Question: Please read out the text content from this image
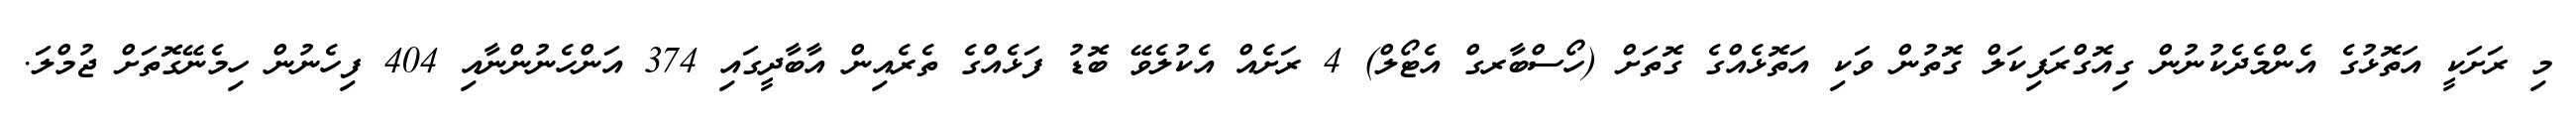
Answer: މި ރަށަކީ އަތޮޅުގެ އެންމެދެކުނުން ގިއޮގްރަފިކަލް ގޮތުން ވަކި އަތޮޅެއްގެ ގޮތަށް (ހޯސްބާރގް އެޓޯލް) 4 ރަށެއް އެކުލެވޭ ބޮޑު ފަޅެއްގެ ތެރެއިން އާބާދީގައި 374 އަންހެނުންނާއި 404 ފިހެނުން ހިމެނޭގޮތަށް ޖުމްލަ.